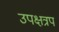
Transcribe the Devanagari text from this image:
उपक्षत्रप